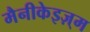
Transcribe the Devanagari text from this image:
मैनीकेइज़्म